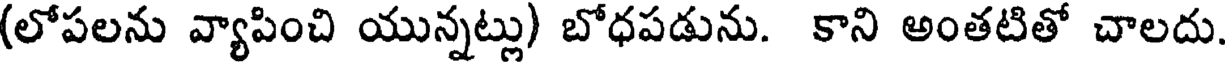
(లోపలను వ్యాపించి యున్నట్లు) బోధపడును. కాని అంతటితో చాలదు.